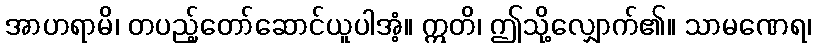
အာဟရာမိ၊ တပည့်တော်ဆောင်ယူပါအံ့။ ဣတိ၊ ဤသို့လျှောက်၏။ သာမဏေရ၊